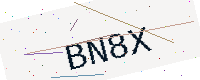
Text: BN8X